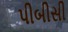
પીબીસી